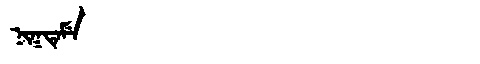
Manchu: ᠨᡳᡴᡨᡝᠮᡝ
Romanization: NIKTEME